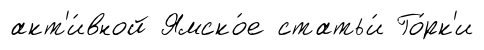
акт'и́вной Ямско́е статьи́ Го́рк'и